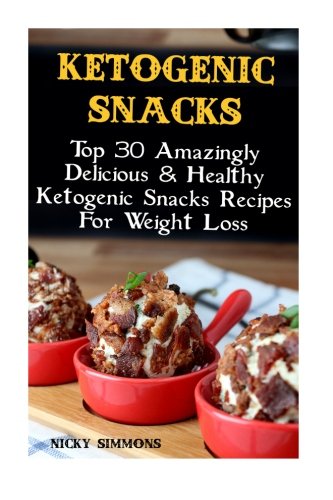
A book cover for Ketogenic Snacks: Top 30 Amazingly Delicious & Healthy Ketogenic Snacks Recipes For Weight Loss: (Lose Belly Fat Fast, Ketogenic Diet For ... 20 20 diet dr phil , weight watchers); Nicky Simmons; Cookbooks, Food & Wine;